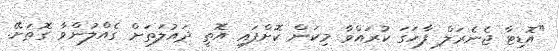
"އޮޑިޓާ ޖެނެރަލް ފާހަގަ ކުރައްވާ މިކަން ކޮށްފައި އޮތީ ދައުލަތަށް ގެއްލުންވާ ގޮތަށޭ.